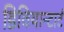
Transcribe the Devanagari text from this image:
डिवियान्टार्ट